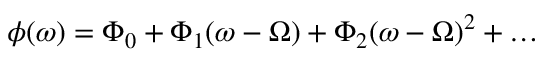
\phi ( \omega ) = \Phi _ { 0 } + \Phi _ { 1 } ( \omega - \Omega ) + \Phi _ { 2 } ( \omega - \Omega ) ^ { 2 } + \ldots